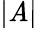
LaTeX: |\mathit{A}|